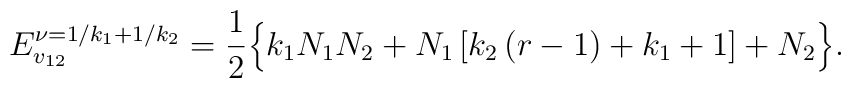
E_{v_{12}}^{\nu =1/k_{1}+1/k_{2}}=\frac{1}{2}\Big\{ k_{1}N_{1}N_{2}+N_{1}\left[k_{2}\left( r-1\right) +k_{1}+1\right] +N_{2}\Big\}.